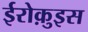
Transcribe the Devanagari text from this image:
ईरोक़ुइस